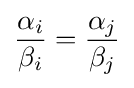
{\frac {\alpha _{i}}{\beta _{i}}}={\frac {\alpha _{j}}{\beta _{j}}}